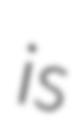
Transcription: is